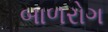
બાળરોગ